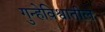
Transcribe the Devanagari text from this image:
गुन्हेविश्वातील